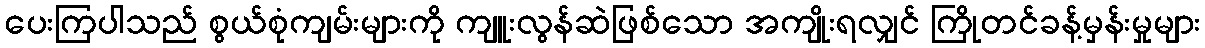
ပေးကြပါသည် စွယ်စုံကျမ်းများကို ကျူးလွန်ဆဲဖြစ်သော အကျိုးရလျှင် ကြိုတင်ခန့်မှန်းမှုများ